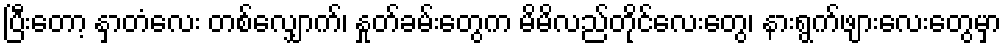
ပြီးတော့ နှာတံလေး တစ်လျှောက်၊ နှုတ်ခမ်းတွေက မိမိလည်တိုင်လေးတွေ၊ နားရွက်ဖျားလေးတွေမှာ